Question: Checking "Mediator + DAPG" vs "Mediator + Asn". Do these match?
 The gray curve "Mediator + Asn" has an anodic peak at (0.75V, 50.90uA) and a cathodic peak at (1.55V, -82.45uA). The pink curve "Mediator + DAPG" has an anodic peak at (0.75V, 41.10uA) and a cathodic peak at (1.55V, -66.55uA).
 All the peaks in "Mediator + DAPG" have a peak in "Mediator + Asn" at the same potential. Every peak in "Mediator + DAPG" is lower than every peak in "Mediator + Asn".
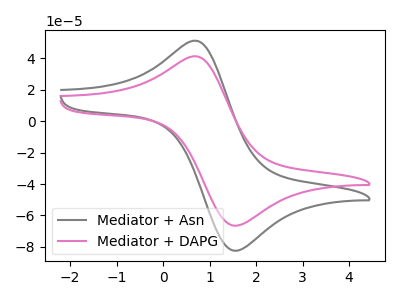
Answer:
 <answer>"Mediator + DAPG" and "Mediator + Asn" are similar in shape.</answer>
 <eval>same_shape</eval>